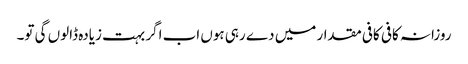
روزانہ کافی کافی مقدار میں دے رہی ہوں اب اگر بہت زیادہ ڈالوں گی تو۔